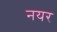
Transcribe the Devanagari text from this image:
नयर